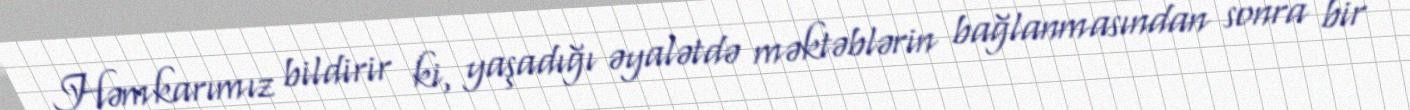
Həmkarımız bildirir ki, yaşadığı əyalətdə məktəblərin bağlanmasından sonra bir